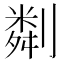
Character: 㔂